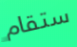
ستقام